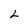
Character: L